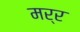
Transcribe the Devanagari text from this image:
मर्र